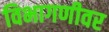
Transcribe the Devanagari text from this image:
विभागणीवर